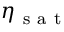
\eta _ { \mathrm { ~ s ~ a ~ t ~ } }